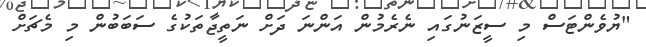
"ޔުވެންޓަސް މި ސީޒަނުގައި ނެރެމުން އަންނަ ދަށް ނަތީޖާތަކުގެ ސަބަބުން މި މެޗަށް